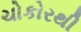
ચોકોરથી